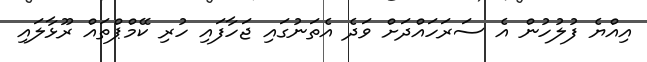
އިއްޔެ ފުލުހުން އެ ސަރަހައްދަށް ވަދެ އެތަނުގައި ޖަހާފައި ހުރި ކޭމްޕްތައް ރޫޅާލައި